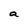
Character: a